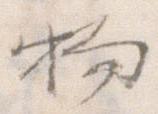
物